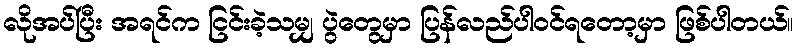
လိုအပ်ပြီး အရင်က ငြင်းခဲ့သမျှ ပွဲတွေမှာ ပြန်လည်ပါဝင်ရတော့မှာ ဖြစ်ပါတယ်။